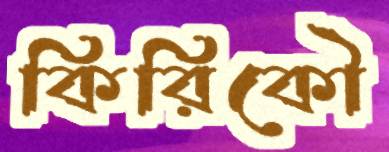
কিরিকৌ